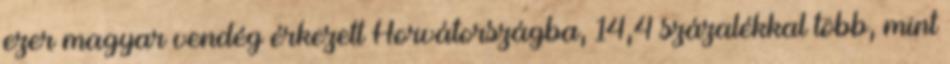
ezer magyar vendég érkezett Horvátországba, 14,4 százalékkal több, mint